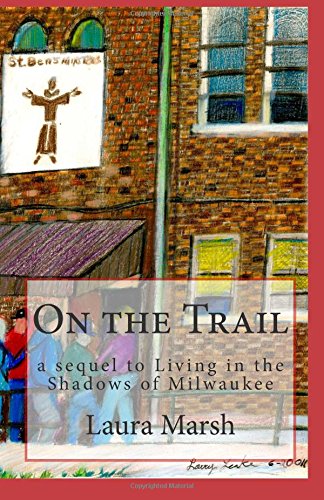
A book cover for On the Trail; Laura Marsh; Politics & Social Sciences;